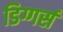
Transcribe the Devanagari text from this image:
डिग्गर्स